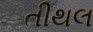
તીથલ